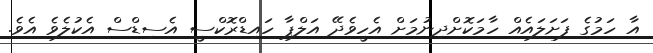
އާ ހަމުގެ ފަށަލައެއް ހާމަކޮށްދިނުމަށް އެހީވެދޭ އަލްޕާ ހައިޑްރޮކްސީ އެސިޑްސް އެކުލެވެ އެވެ.